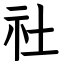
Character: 社